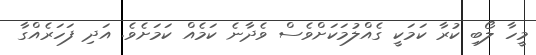
މީހާ ލޯބި ކުރާ ކަމަކީ ގެއްލުމަކަށްވެސް ވެދާނެ ކަމެއް ކަމަށެވެ. އަދި ފަހަރެއްގާ